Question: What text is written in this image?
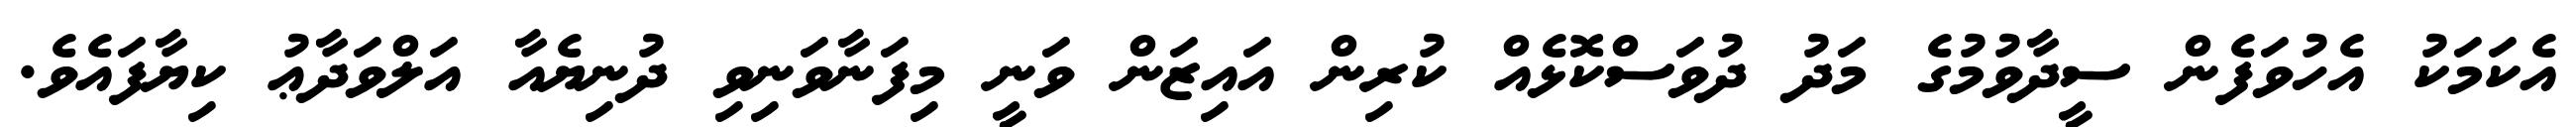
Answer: އެކަމަކު އެހުވަފެން ސީދާވުމުގެ މަދު ދުވަސްކޮޅެއް ކުރިން އައިޒަން ވަނީ މިފަނާވަނިވި ދުނިޔެއާ އަލްވަދާޢު ކިޔާފައެވެ.